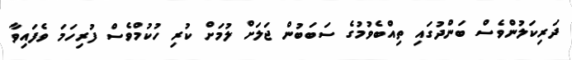
ދަރިކަލުންވެސް ބަންދުގައި ތިއްބެވުމުގެ ސަބަބުން ޖަލަށް ލުމަށް ކުރި ހުކުމްވެސް ފުރިހަމަ ވެފައިވާ